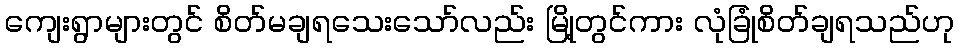
ကျေးရွာများတွင် စိတ်မချရသေးသော်လည်း မြို့တွင်ကား လုံခြုံစိတ်ချရသည်ဟု